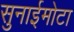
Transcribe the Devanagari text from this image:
सुनाईमोटा